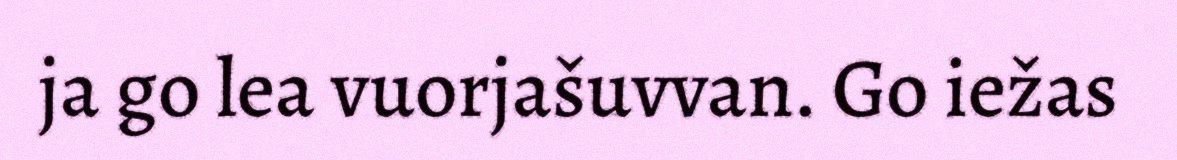
ja go lea vuorjašuvvan. Go iežas